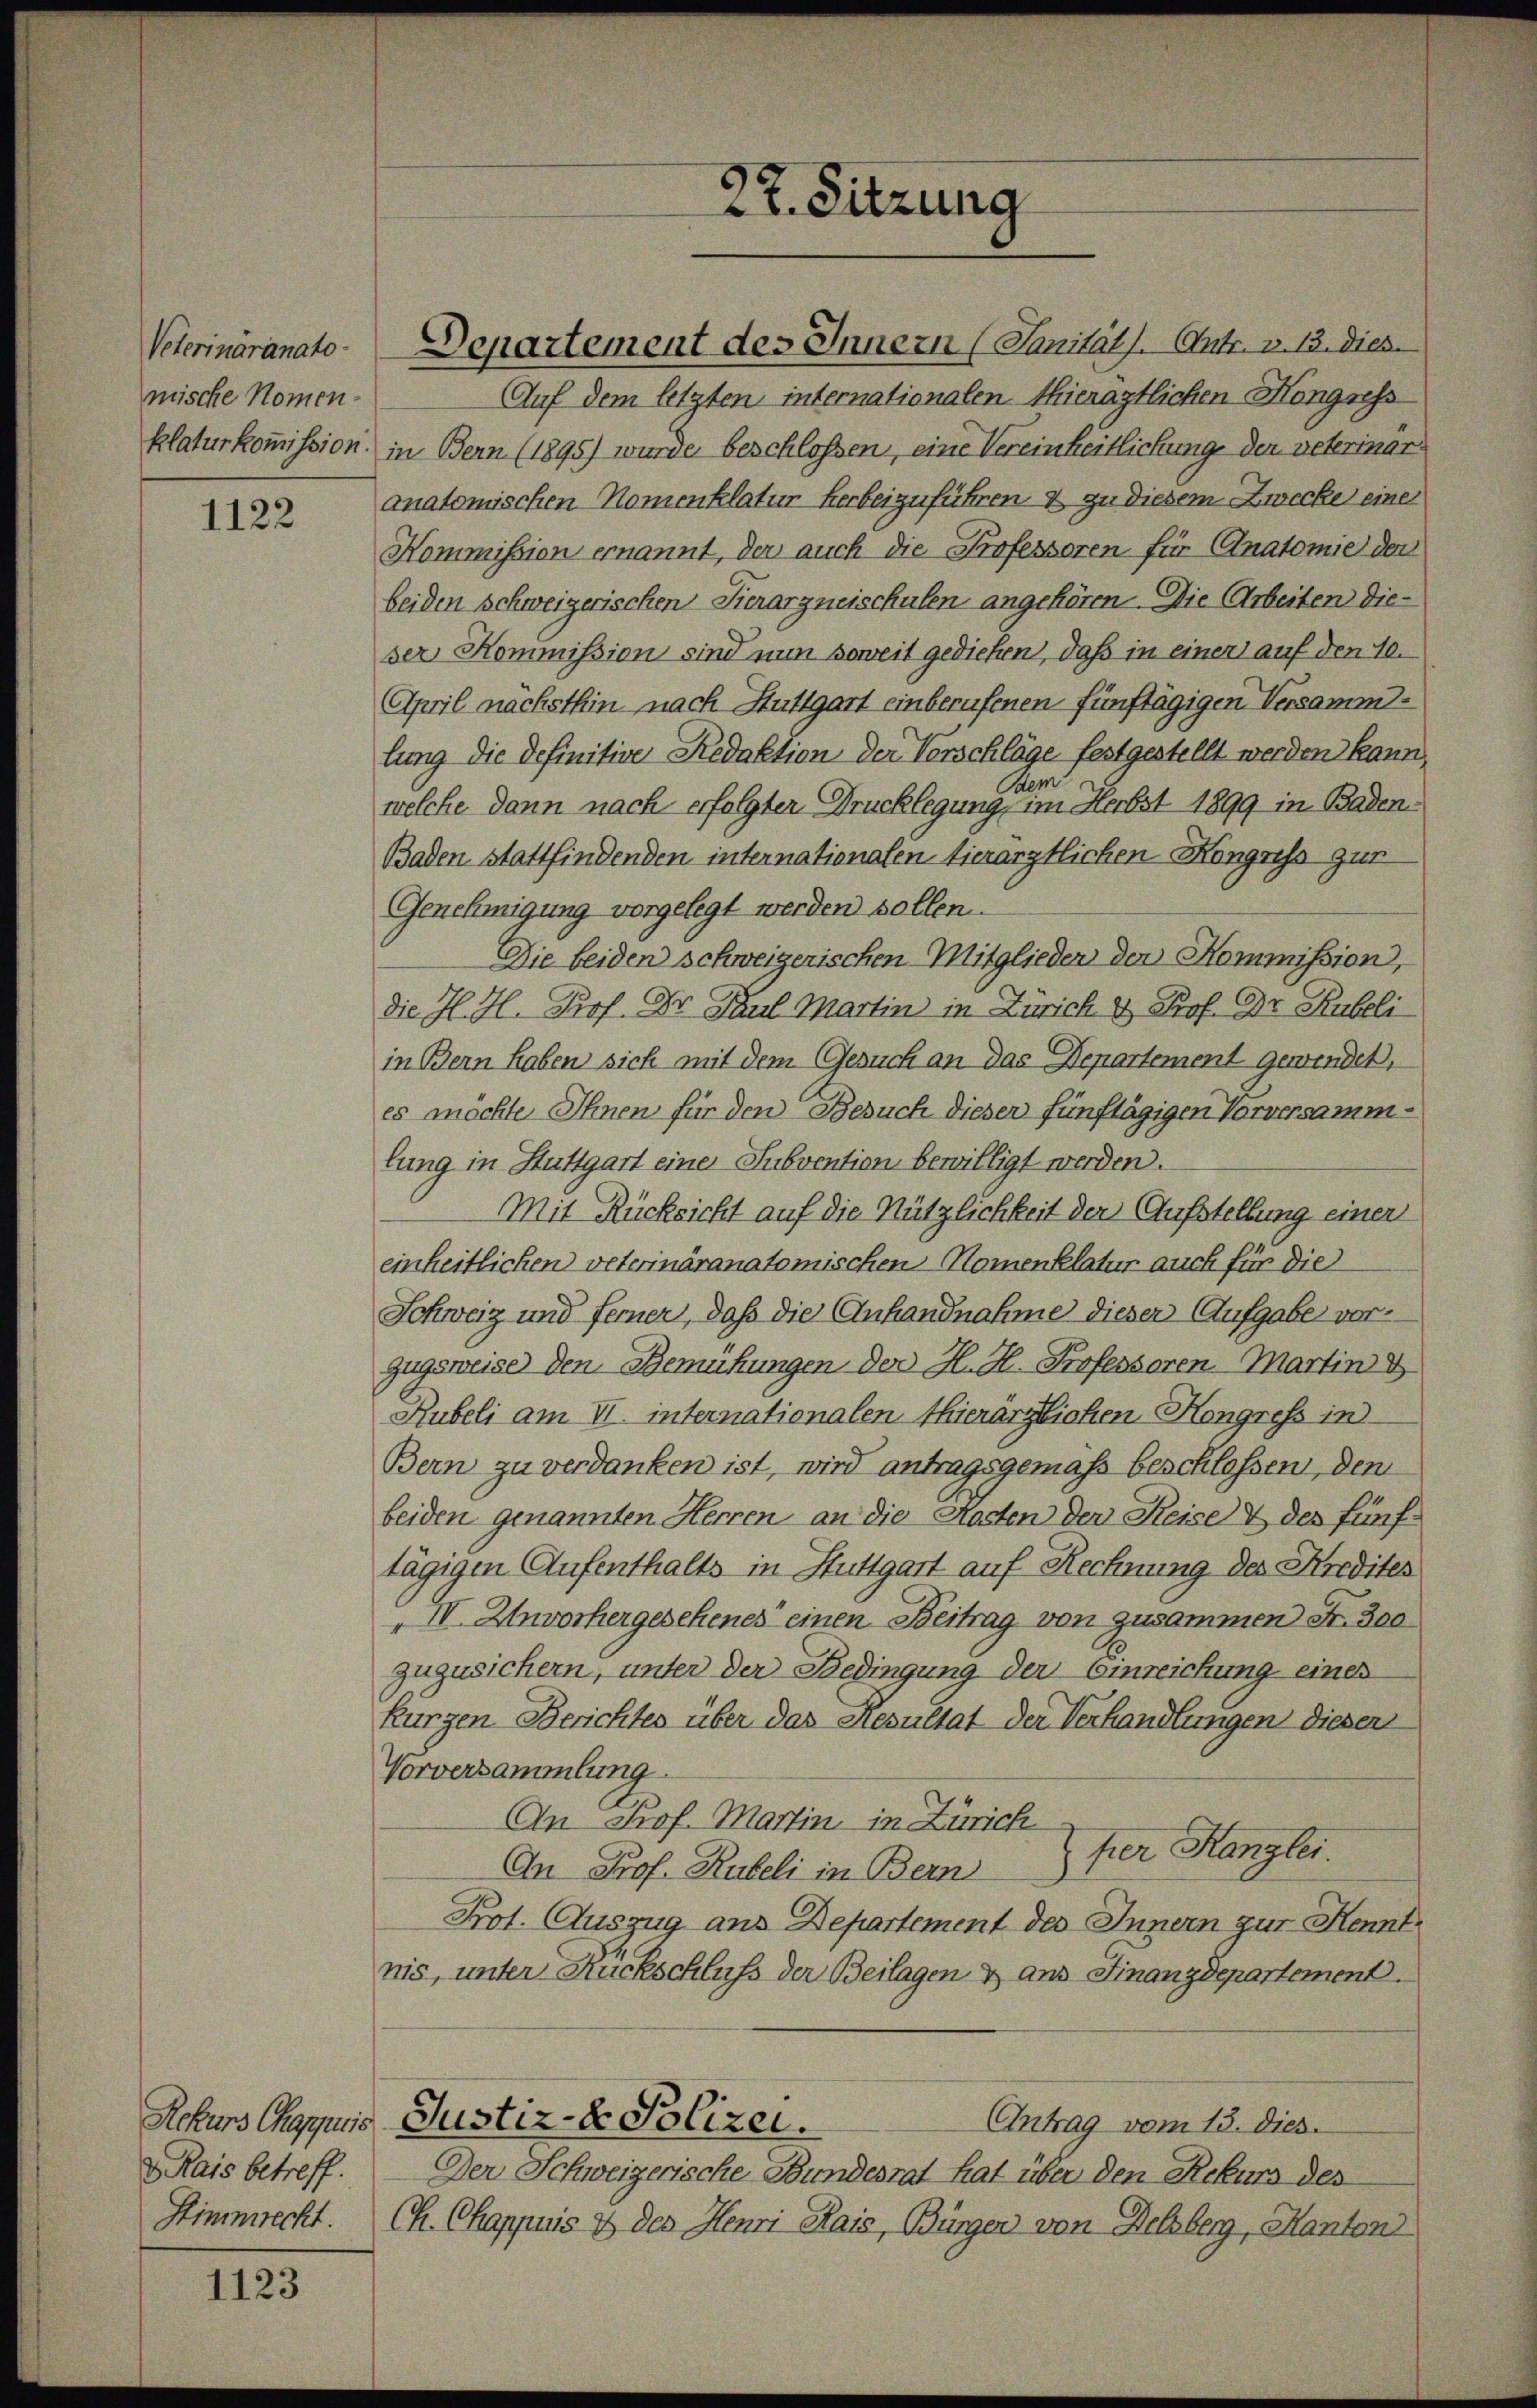
Veterinäranato-
mische Nomen-
klaturkommission.

1122

Rekurs Chappuis
 Rais betreff.
Stimmrecht.

1123

22. Sitzung

Justiz- & Polizei.
Antrag vom 13. dies

Departement des Innern (Sanität. Antr. v. 13. Dies
Auf dem letzten internationalen thienaztlichen Mongress
in Bern (1895) wurde beschlossen, eine Vereinheitlichung der veterinar
anatomischen Momenklatur herbeizuführen & zu diesem Zwecke einer
Kommission ernannt, der auch die Professoren für Anatomie der
beiden schweizerischen Hierarzneischulen angehören. Die Arbeiten dieser Kommission sind nun soweit gediehen, daß in einer auf den 10.
April nächsthin nach Stuttgart einberufenen fünftägigen Versammtlung die definitive Redaktion der Verschläge festgestellt werden kann,
Bem
welche dann nach erfolgter Drucklegung, im Herbst 1899 in Baden¬
Baden stattfindenden internationalen tierärztlichen Hongniss zur
Genehmigung vorgelegt werden sollen.
Die beiden schweizerischen Mitglieder der Kommission,
die H. H. Prof. Dr. Karl Martin in Zürich & Prof. Dr. Rubeli
in Bern haben sich mit dem Gesuch an das Departement gewendet,
es möchte Ihnen für den Besuch dieser fünftägigen Vorversammtung in Stuttgart einer Subvention bewilligt werden.
Mit Rücksicht auf die Nützlichkeit der Aufstellung einer
inheitlichen veterinäranatomischen Komenklatur auch für die
Schweiz und ferner, daß die Anhandnahme dieser Aufgabe vorzugeweise den Bemühungen der H. H. Professoren Martin &
Rubeli am VI. internationalen thierärztlichen Kongress in
Bern zu verdanken ist, wird antragsgemäß beschlossen, den
beiden genannten Herren an die Kosten der Reise & des fünf
tägigen Aufenthalts in Stuttgart auf Rechnung des Kredites
IV. Unvorhergesehenes einen Beitrag von zusammen Fr. 300
zuzusichern, unter der Bedingung der Einreichung eines
Rurgen Berichtes über das Resultat der Verhandlungen diesen
Vorversammlung
An Prof. Martin in Zürich
fer Ranglei
An Prof. Rubeli in Bern
Prot. Auszug aus Departement des Innern zur Kenntnis, unter Rückschluß der Beilagen & aus Finanzdepartement.

Der Schweizerische Bundesrat hat über den Rekurs des
Ch. Chappuis & des Henri Kais, Bürger von Delsberg, Hanton